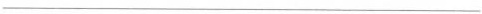
___